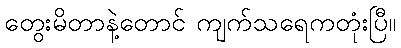
တွေးမိတာနဲ့တောင် ကျက်သရေကတုံးပြီ။